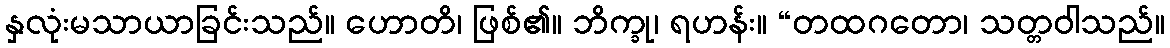
နှလုံးမသာယာခြင်းသည်။ ဟောတိ၊ ဖြစ်၏။ ဘိက္ခု၊ ရဟန်း။ “တထဂတော၊ သတ္တဝါသည်။